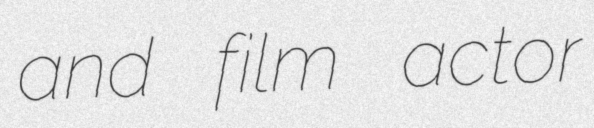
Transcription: and film actor